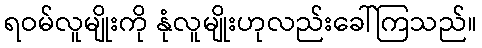
ရဝမ်လူမျိုးကို နုံလူမျိုးဟုလည်းခေါ်ကြသည်။